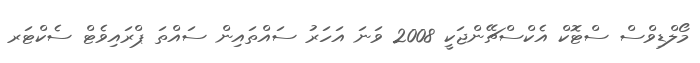
މޯލްޑިވްސް ސްޓޮކް އެކްސްޗޭންޖަކީ 2008 ވަނަ އަހަރު ސައްތައިން ސައްތަ ޕްރައިވެޓް ސެކްޓަރ